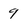
Character: 9